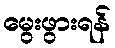
မွေးဖွားရန်